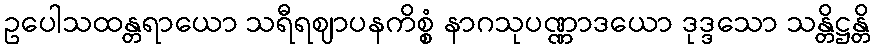
ဥပေါသထန္တရာယော သရီရဈာပနကိစ္စံ နာဂသုပဏ္ဏာဒယော ဒုဒ္ဒသော သန္တိဋ္ဌန္တိ